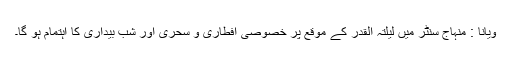
ویانا : منہاج سنٹر میں لیلتہ القدر کے موقع پر خصوصی افطاری و سحری اور شب بیداری کا اہتمام ہو گا۔